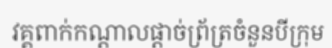
វគ្គពាក់កណ្តាលផ្តាច់ព្រ័ត្រចំនួនបីក្រុម